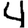
Digit: 4